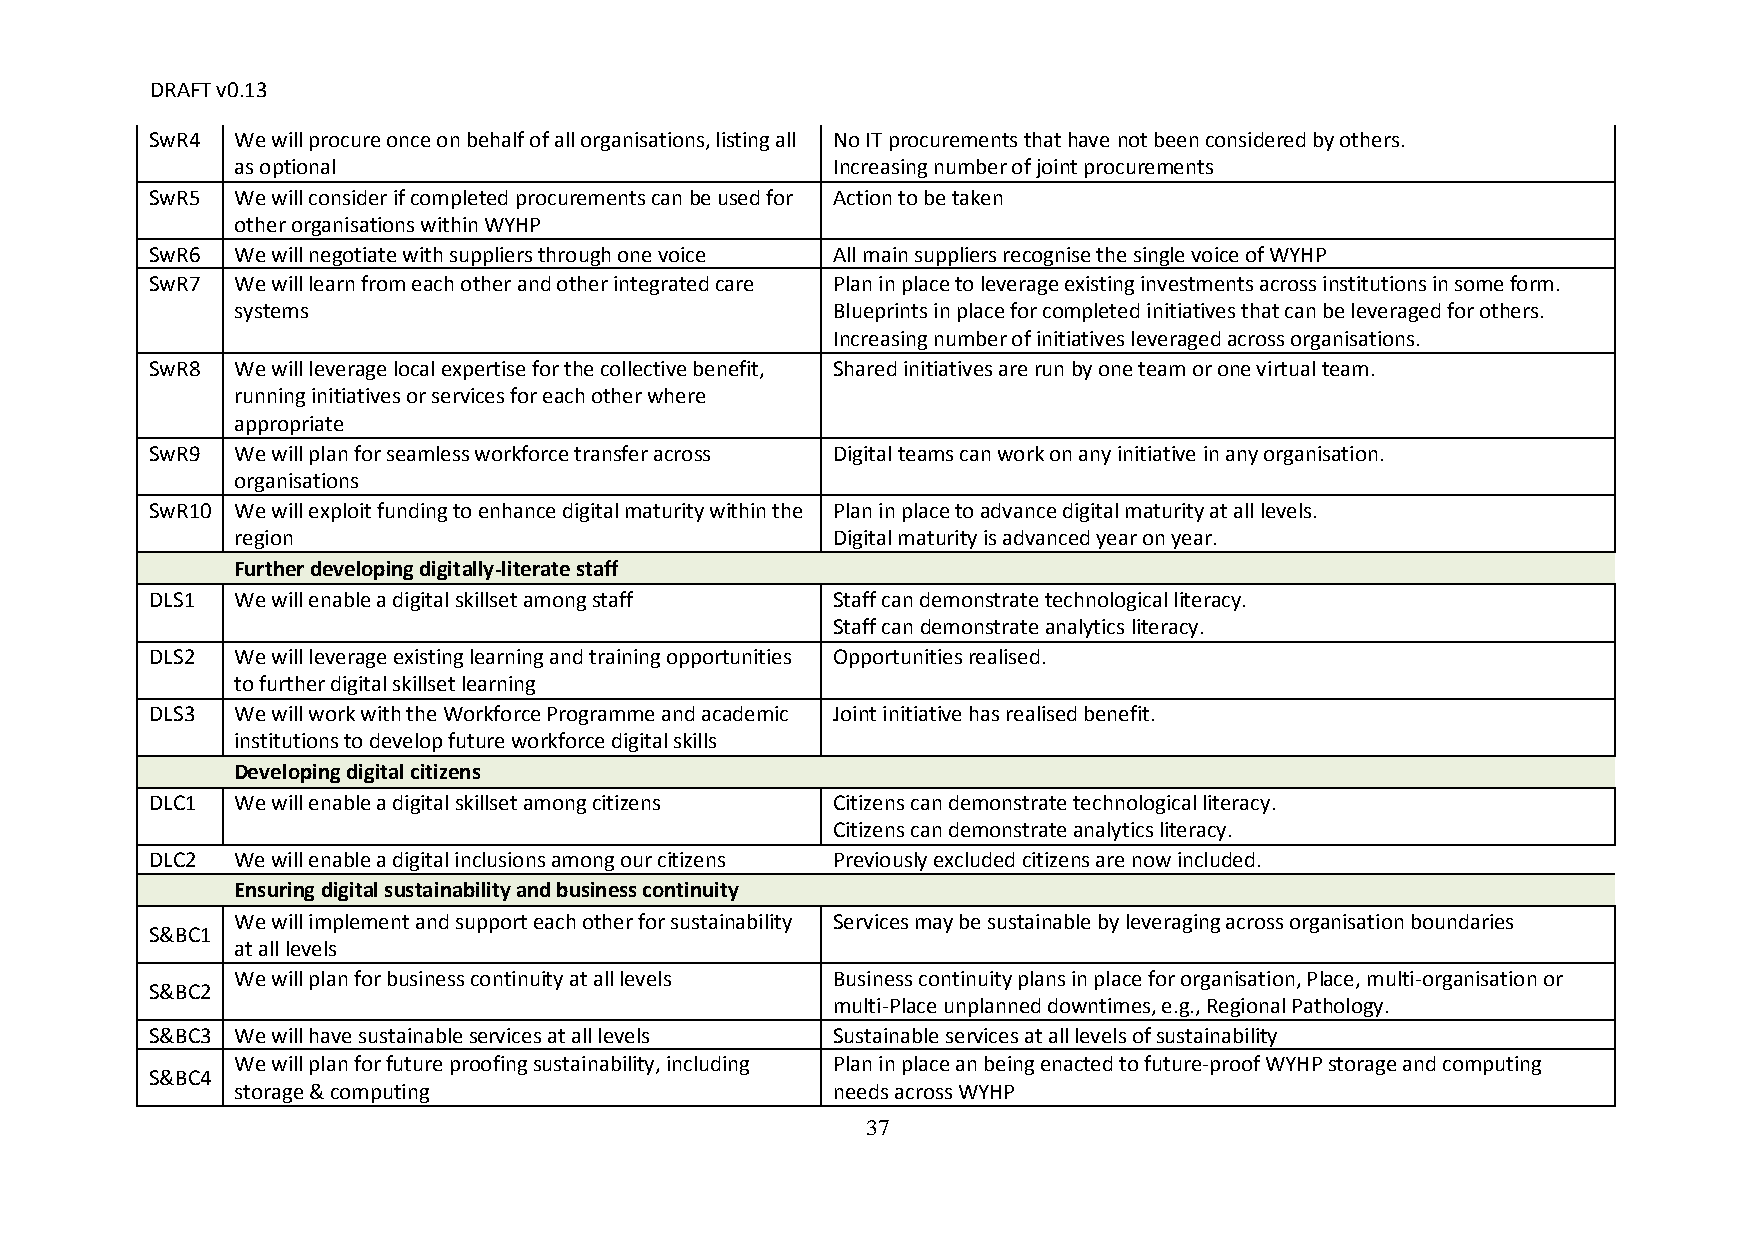
DRAFT v0.13
 SwR4 We will procure once on behalf of all organisations, listing all No IT procurements that have not been considered by others.
 as optional                             Increasing number of joint procurements
 SwR5 We will consider if completed procurements can be used for Action to be taken
 other organisations within WYHP
 SwR6 We will negotiate with suppliers through one voice All main suppliers recognise the single voice of WYHP
 SwR7 We will learn from each other and other integrated care Plan in place to leverage existing investments across institutions in some form.
 systems                                 Blueprints in place for completed initiatives that can be leveraged for others.
 Increasing number of initiatives leveraged across organisations.
 SwR8 We will leverage local expertise for the collective benefit, Shared initiatives are run by one team or one virtual team.
 running initiatives or services for each other where
 appropriate
 SwR9 We will plan for seamless workforce transfer across Digital teams can work on any initiative in any organisation.
 organisations
 SwR10 We will exploit funding to enhance digital maturity within the Plan in place to advance digital maturity at all levels.
 region                                  Digital maturity is advanced year on year.
 Further developing digitally-literate staff
 DLS1 We will enable a digital skillset among staff Staff can demonstrate technological literacy.
 Staff can demonstrate analytics literacy.
 DLS2 We will leverage existing learning and training opportunities Opportunities realised.
 to further digital skillset learning
 DLS3 We will work with the Workforce Programme and academic Joint initiative has realised benefit.
 institutions to develop future workforce digital skills
 Developing digital citizens
 DLC1 We will enable a digital skillset among citizens Citizens can demonstrate technological literacy.
 Citizens can demonstrate analytics literacy.
 DLC2 We will enable a digital inclusions among our citizens Previously excluded citizens are now included.
 Ensuring digital sustainability and business continuity
 We will implement and support each other for sustainability Services may be sustainable by leveraging across organisation boundaries
 S&BC1
 at all levels
 We will plan for business continuity at all levels Business continuity plans in place for organisation, Place, multi-organisation or
 S&BC2
 multi-Place unplanned downtimes, e.g., Regional Pathology.
 S&BC3 We will have sustainable services at all levels Sustainable services at all levels of sustainability
 We will plan for future proofing sustainability, including Plan in place an being enacted to future-proof WYHP storage and computing
 S&BC4
 storage & computing                     needs across WYHP
 37